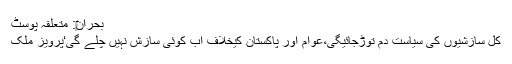
بحران‎: متعلقہ پوسٹ
کل سازشیوں کی سیاست دم توڑجائیگی،عوام اور پاکستان کیخلاف اب کوئی سازش نہیں چلے گی‘پرویز ملک